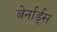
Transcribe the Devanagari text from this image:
बेर्नार्ड्स